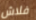
فلاش